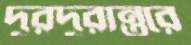
দূরদূরান্তরে